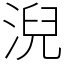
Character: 淣